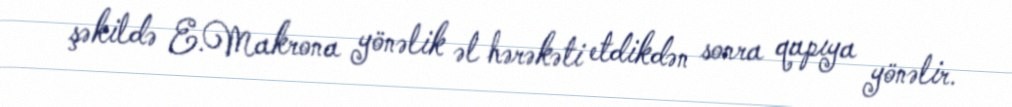
şəkildə E.Makrona yönəlik əl hərəkəti etdikdən sonra qapıya yönəlir.